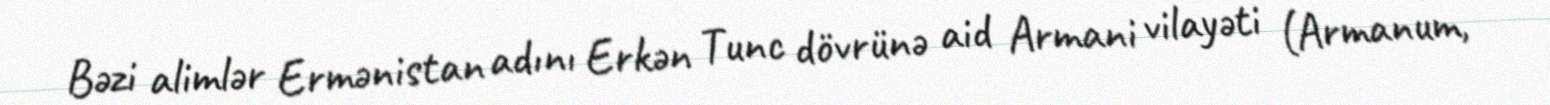
Bəzi alimlər Ermənistan adını Erkən Tunc dövrünə aid Armani vilayəti (Armanum,